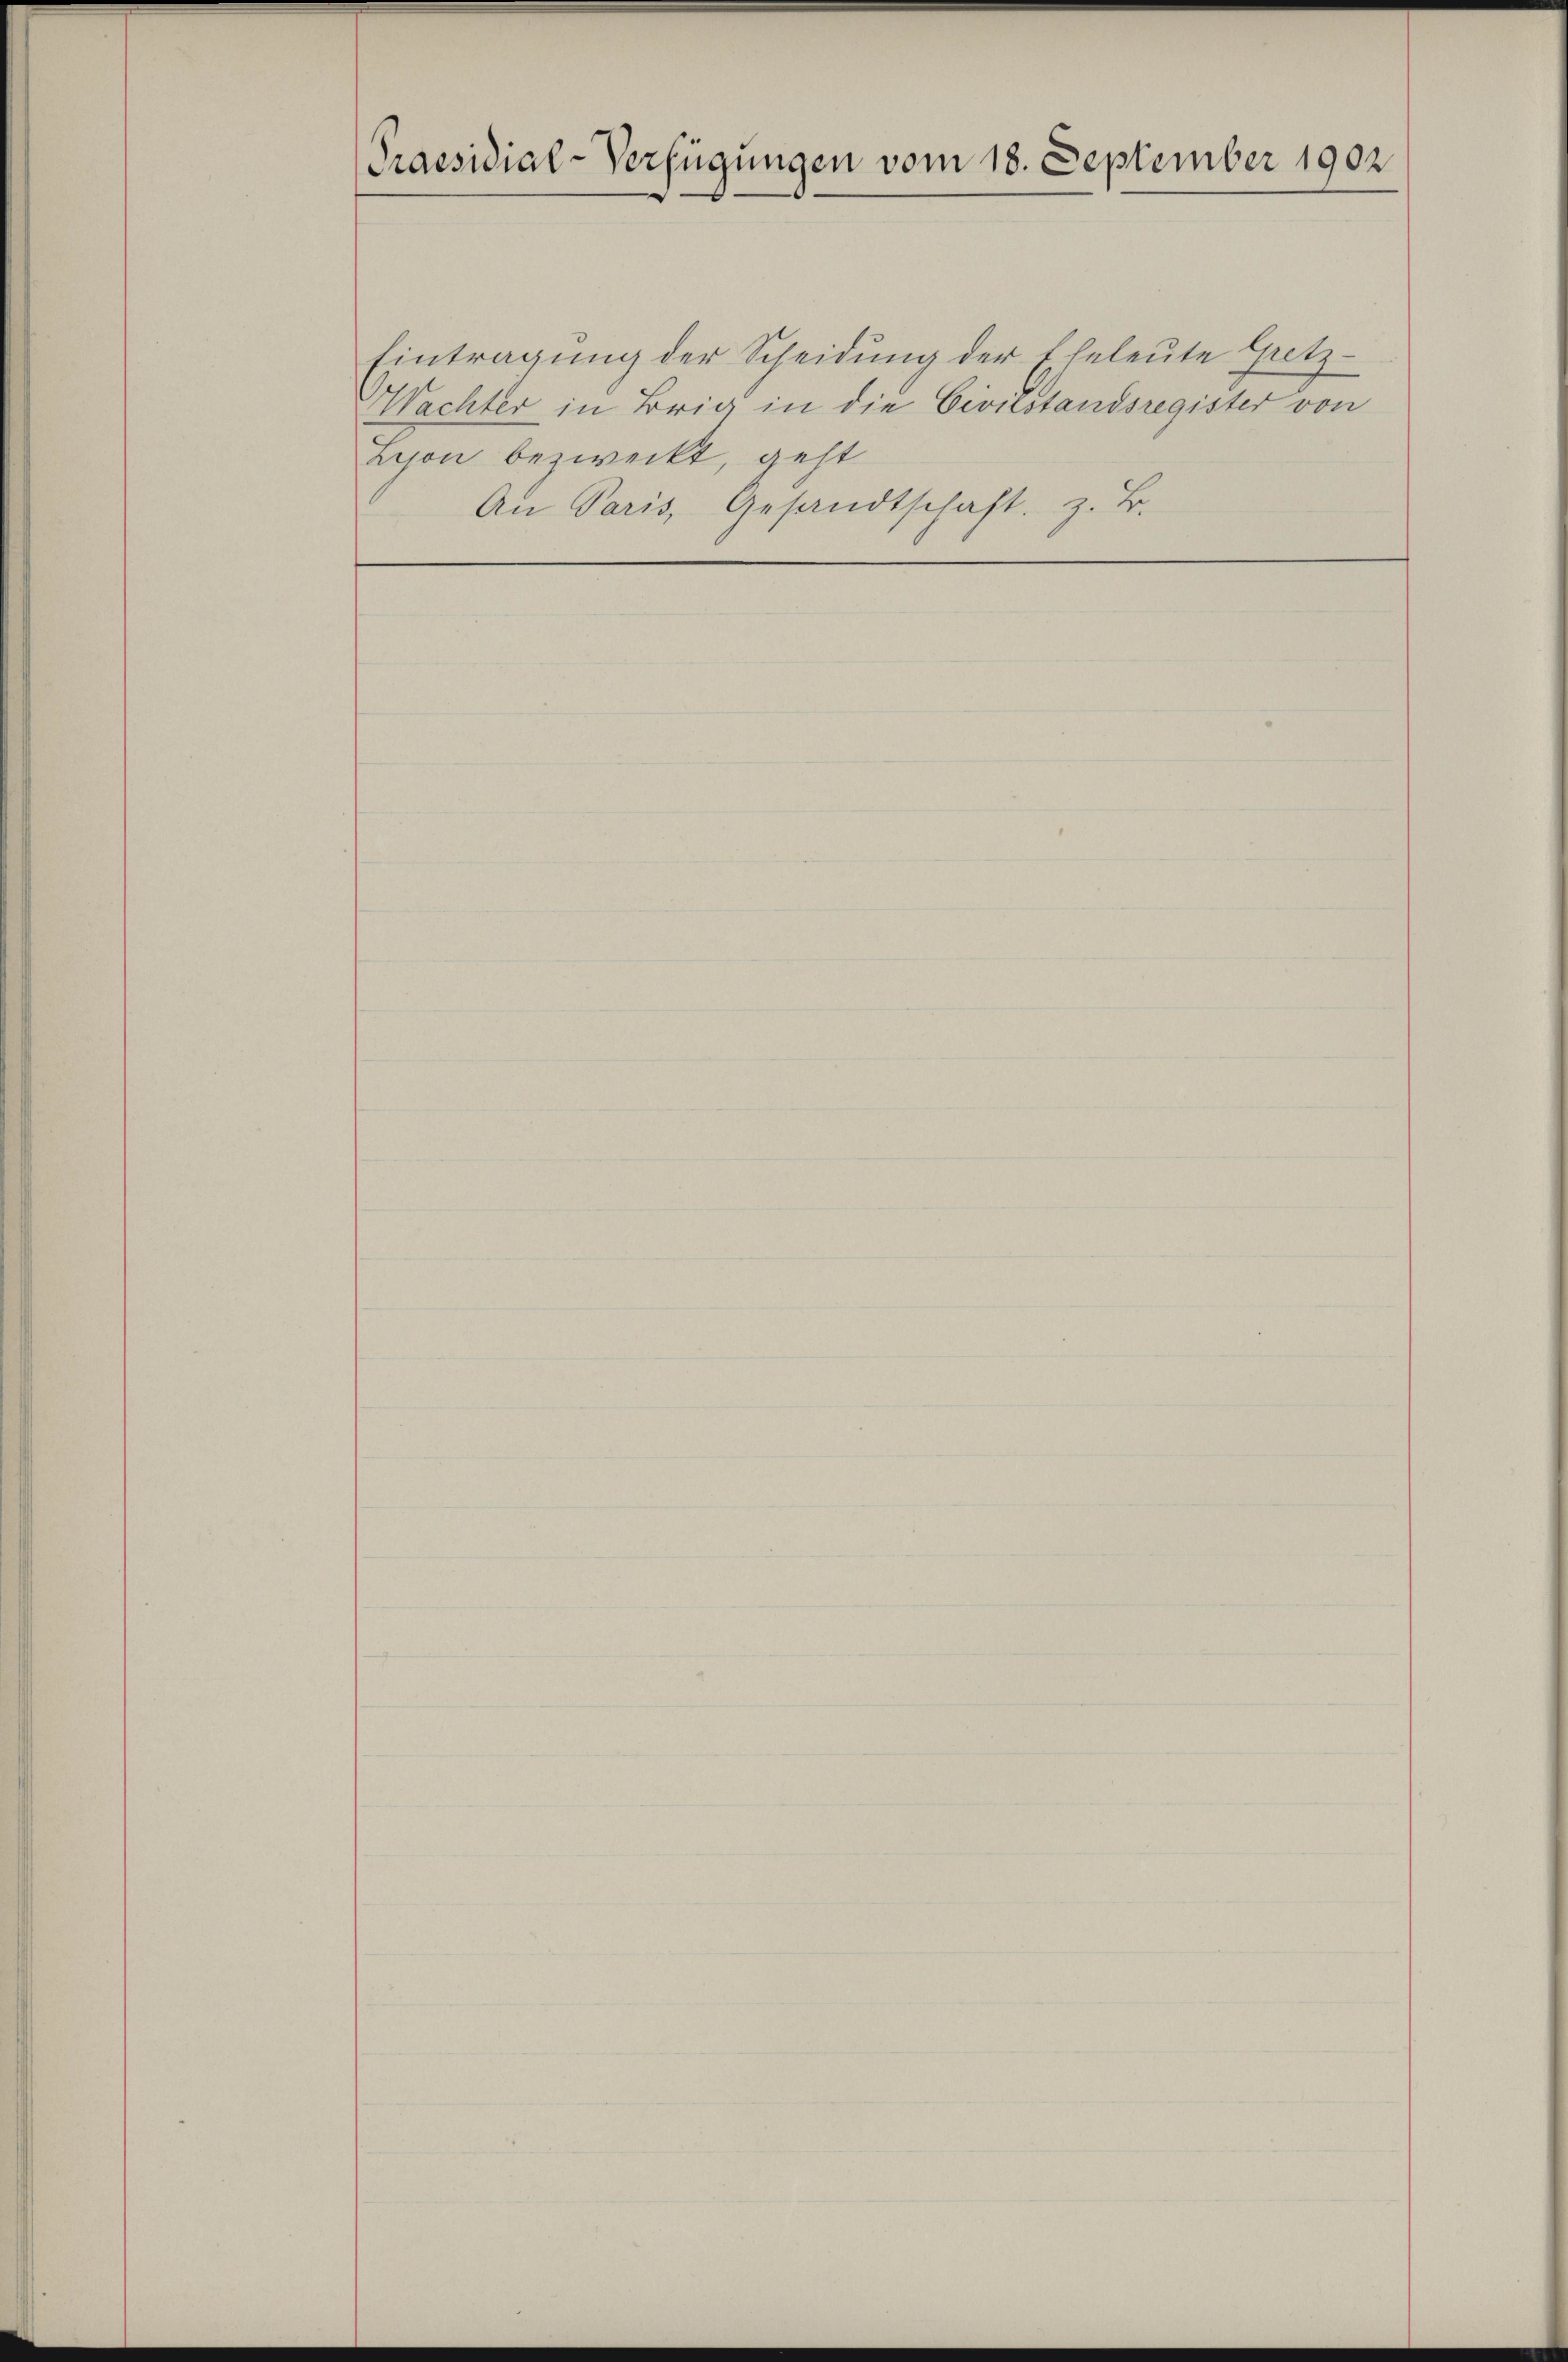
Praesidial-Verfügungen vom 18. September 1902

Eintragung der Scheidung der Eheleute Gretz-
Wachter in Brig in die Civilstandsregister von
Lejon bezweckt, geht
An Paris, Gesandtschaft z. B.